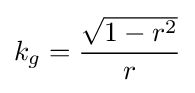
k_{g}={\frac {\sqrt {1-r^{2}}}{r}}